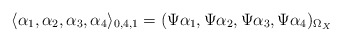
\begin{align*}\langle\alpha_1,\alpha_2,\alpha_3,\alpha_4 \rangle_{0,4,1}=(\Psi\alpha_1, \Psi\alpha_2,\Psi\alpha_3, \Psi\alpha_4)_{\Omega_X}\end{align*}